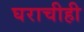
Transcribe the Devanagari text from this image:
घराचीही